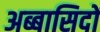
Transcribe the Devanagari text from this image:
अब्बासिदों